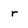
Character: r